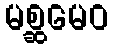
မစ္ဆမေဝ